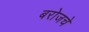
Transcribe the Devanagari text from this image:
बरोजचे